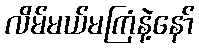
လိမ်မယ်မကြံနဲ့နော်